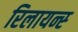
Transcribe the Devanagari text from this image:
रिलायन्स्‍